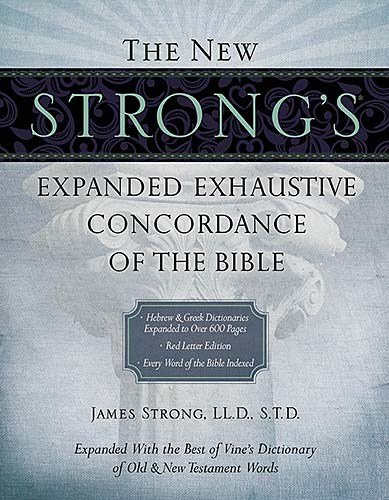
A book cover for The New Strong's Expanded Exhaustive Concordance of the Bible; James Strong; Christian Books & Bibles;